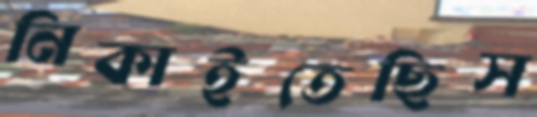
নিকাইতেছিস